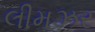
લીમઝર